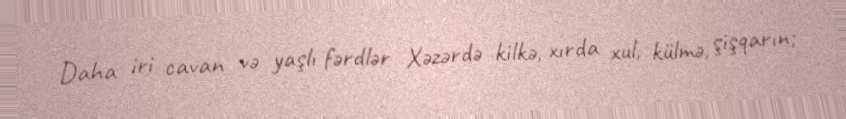
Daha iri cavan və yaşlı fərdlər Xəzərdə kilkə, xırda xul, külmə, şişqarın;